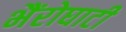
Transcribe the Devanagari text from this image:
भैंरोघाटी